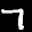
Label: 7